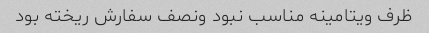
ظرف ویتامینه مناسب نبود ونصف سفارش ریخته بود